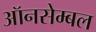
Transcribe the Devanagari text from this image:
ऑनसेम्बल